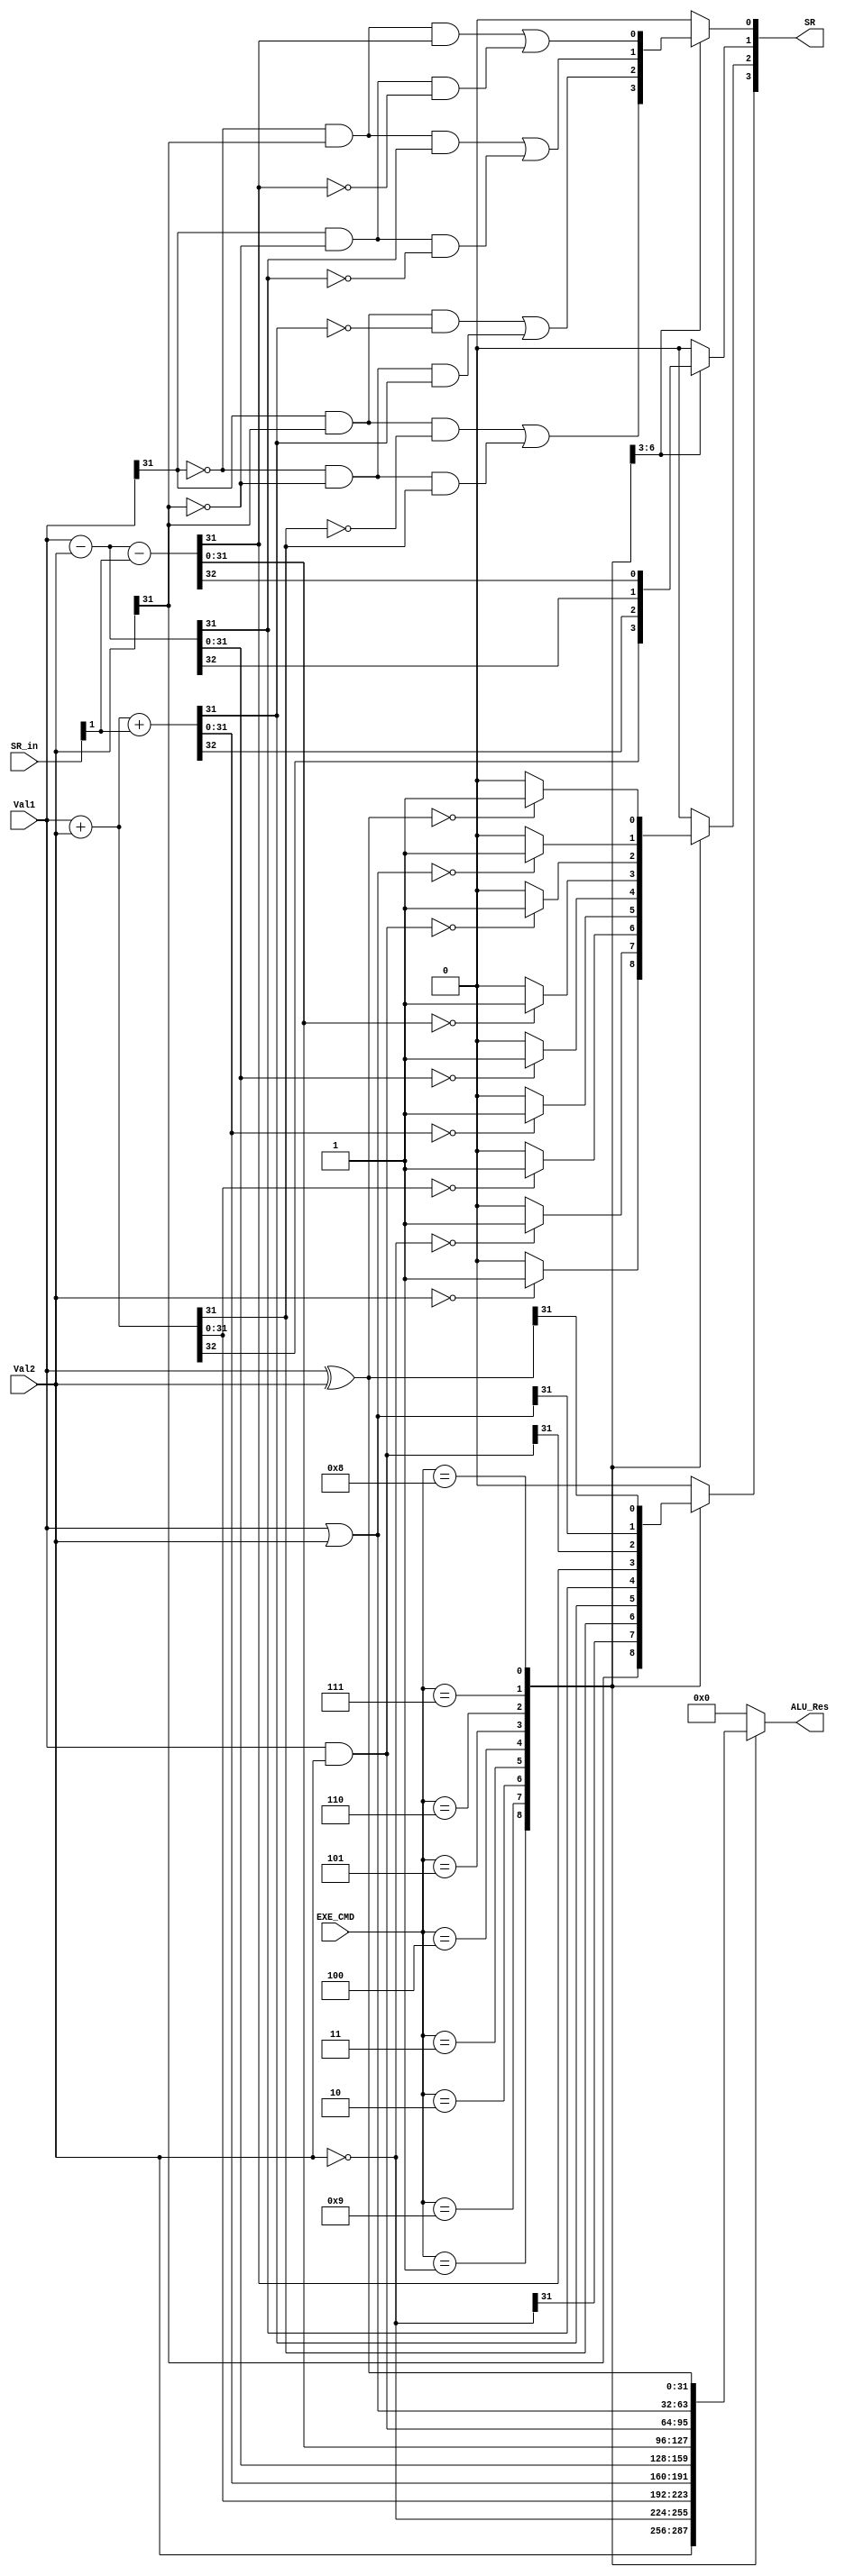
`timescale 1ns/1ns

module ALU_UNIT (
  input [31:0] Val1, Val2,
  input [3:0] EXE_CMD, SR_in,
  
	output [31:0] ALU_Res,
	output [3:0] SR //3:N | 2:Z | 1:C | 0:V
  );
  
	reg [31:0] result;
	reg N, Z, C, V;

	always@(*) begin
	  result = 32'b0;
		N = 0;
		Z = 0;
		C = 0;
		V = 0;

		case(EXE_CMD)
      4'b0001: begin //MOV
		    result = Val2;
				N = result[31];
				if (result == 32'b0)
					Z = 1'b1;
				C = 0;
				V = 0;
			end

			4'b1001: begin //MVN
		    result = ~Val2;
				N = result[31];
				if (result == 32'b0)
					Z = 1'b1;
				C = 0;
				V = 0;
			end

			4'b0010: begin //ADD
		    {C, result} = Val1 + Val2;
				N = result[31];
				if (result == 32'b0)
					Z = 1'b1;
				V = (Val1[31] & Val2[31] & !result[31]) || (!Val1[31] & !Val2[31] & result[31]);
			end

			4'b0011: begin //ADC
		    {C, result} = Val1 + Val2 + SR_in[1];
				N = result[31];
				if (result == 32'b0)
					Z = 1'b1;
				V = (Val1[31] & Val2[31] & !result[31]) || (!Val1[31] & !Val2[31] & result[31]);
			end

			4'b0100: begin //SUB
		    {C, result} = Val1 - Val2;
				N = result[31];
				if (result == 32'b0)
					Z = 1'b1;
				V = (!Val1[31] & Val2[31] & result[31]) || (Val1[31] & !Val2[31] & !result[31]);
			end

			4'b0101: begin //SBC
		    {C, result} = Val1 - Val2 - SR_in[1];
				N = result[31];
				if (result == 32'b0)
					Z = 1'b1;
				V = (!Val1[31] & Val2[31] & result[31]) || (Val1[31] & !Val2[31] & !result[31]);
			end

			4'b0110: begin //AND
		    result = Val1 & Val2;
				N = result[31];
				if (result == 32'b0)
					Z = 1'b1;
				C = 0;
				V = 0;
			end

			4'b0111: begin //ORR
		    result = Val1 | Val2;
				N = result[31];
				if (result == 32'b0)
					Z = 1'b1;
				C = 0;
				V = 0;
			end

			4'b1000: begin //EOR
		    result = Val1 ^ Val2;
				N = result[31];
				if (result == 32'b0)
					Z = 1'b1;
				C = 0;
				V = 0;
			end

			4'b0010: begin //LDR, STR
		    {C, result} = Val1 + Val2;
				N = result[31];
				if (result == 32'b0)
					Z = 1'b1;
				V = (Val1[31] & Val2[31] & !result[31]) || (!Val1[31] & !Val2[31] & result[31]);
			end

		  default: begin //B, others
		    result = 32'b0;
				N = 0;
				Z = 0;
				C = 0;
				V = 0;
	    end
		endcase
  end

  assign ALU_Res = result;
	assign SR = {N, Z, C, V};
endmodule